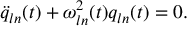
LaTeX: \ddot { q } _ { l n } ( t ) + \omega _ { l n } ^ { 2 } ( t ) q _ { l n } ( t ) = 0 .